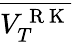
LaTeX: \overline{{V_{T}^{\mathrm{~R~K~}}}}